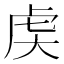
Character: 𬟧